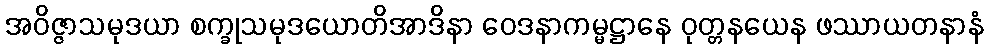
အဝိဇ္ဇာသမုဒယာ စက္ခုသမုဒယောတိအာဒိနာ ဝေဒနာကမ္မဋ္ဌာနေ ဝုတ္တနယေန ဖဿာယတနာနံ